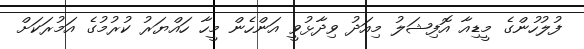
ފުލުހުންގެ މީޑިއާ އޮފިޝަލު މިއަދު ވިދާޅުވީ އަންހެން މީހާ ހައްޔަރު ކުރުމުގެ އަމުރަކަށް